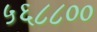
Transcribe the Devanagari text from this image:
५६८८००